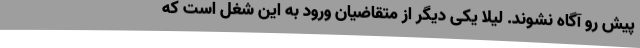
پیش رو آگاه نشوند. لیلا یکی دیگر از متقاضیان ورود به این شغل است که